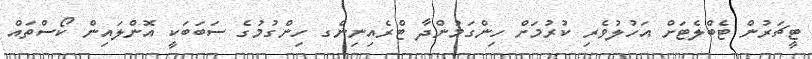
ޓީޗަރުން ޓެބްލެޓަށް އަހުލުވެރި ކުރުމަށް ހިންގަމުންދާ ޓްރެއިނިންގ ހިންގުމުގެ ސަބަބަކީ އޮންލައިން ކޯސްތައް